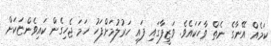
ކަމެއް އޭނާގެ ނެތް ވާހަކައެވެ. ވަޒީފާގައި ފައި ހަރުލުމަށްފަހު ހަމަ ޖެހިގެން ކައިވެންޏަކަށް